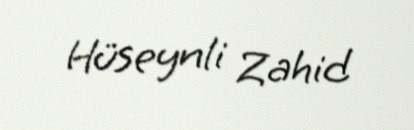
Hüseynli Zahid